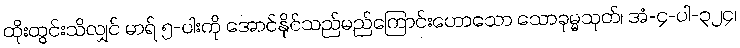
ထိုးထွင်းသိလျှင် မာရ် ၅-ပါးကို အောင်နိုင်သည်မည်ကြောင်းဟောသော သောခုမ္မသုတ်၊ အံ-၄-ပါ-၃၂၄၊